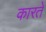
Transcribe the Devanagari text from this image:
कारतें